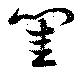
閨